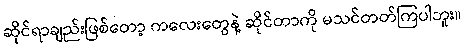
ဆိုင်ရာချည်းဖြစ်တော့ ကလေးတွေနဲ့ ဆိုင်တာကို မသင်တတ်ကြပါဘူး။